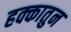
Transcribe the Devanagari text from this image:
हक्कातुन